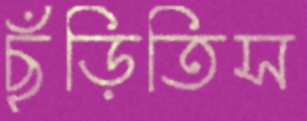
ছুঁড়িতিস